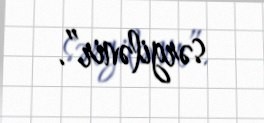
sərgilənir”.